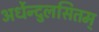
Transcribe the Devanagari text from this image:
अर्धेन्दुलसितम्